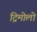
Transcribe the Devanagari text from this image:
ट्रिमोलो